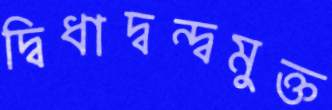
দ্বিধাদ্বন্দ্বমুক্ত